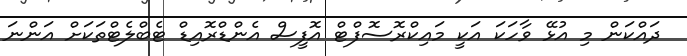
ދައްކަން މި އުޅޭ ވާހަކަ އަކީ މައިކްރޮސޮފްޓް އޮފީސް އެންޑްރޮއިޑް ޓެބްލެޓްތަކަށް އަންނަ